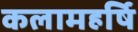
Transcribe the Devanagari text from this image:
कलामहर्षि